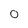
Character: 0